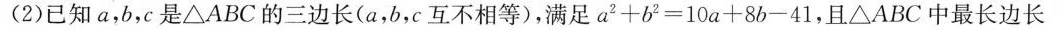
(2)已知a，b，c是△ABC的三边长(a，b，c互不相等)，满足$$a ^ { 2 } + b ^ { 2 } = 1 0 a + 8 b - 4 1 $$，且△ABC中最长边长为c，求c的取值范围。